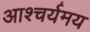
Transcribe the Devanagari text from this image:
आश्चर्यमय